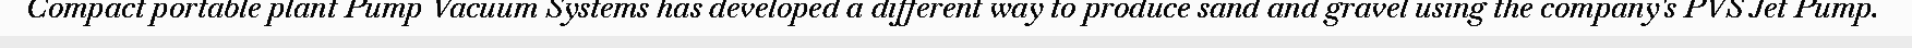
Compact portable plant Pump Vacuum Systems has developed a different way to produce sand and gravel using the company's PVS Jet Pump.